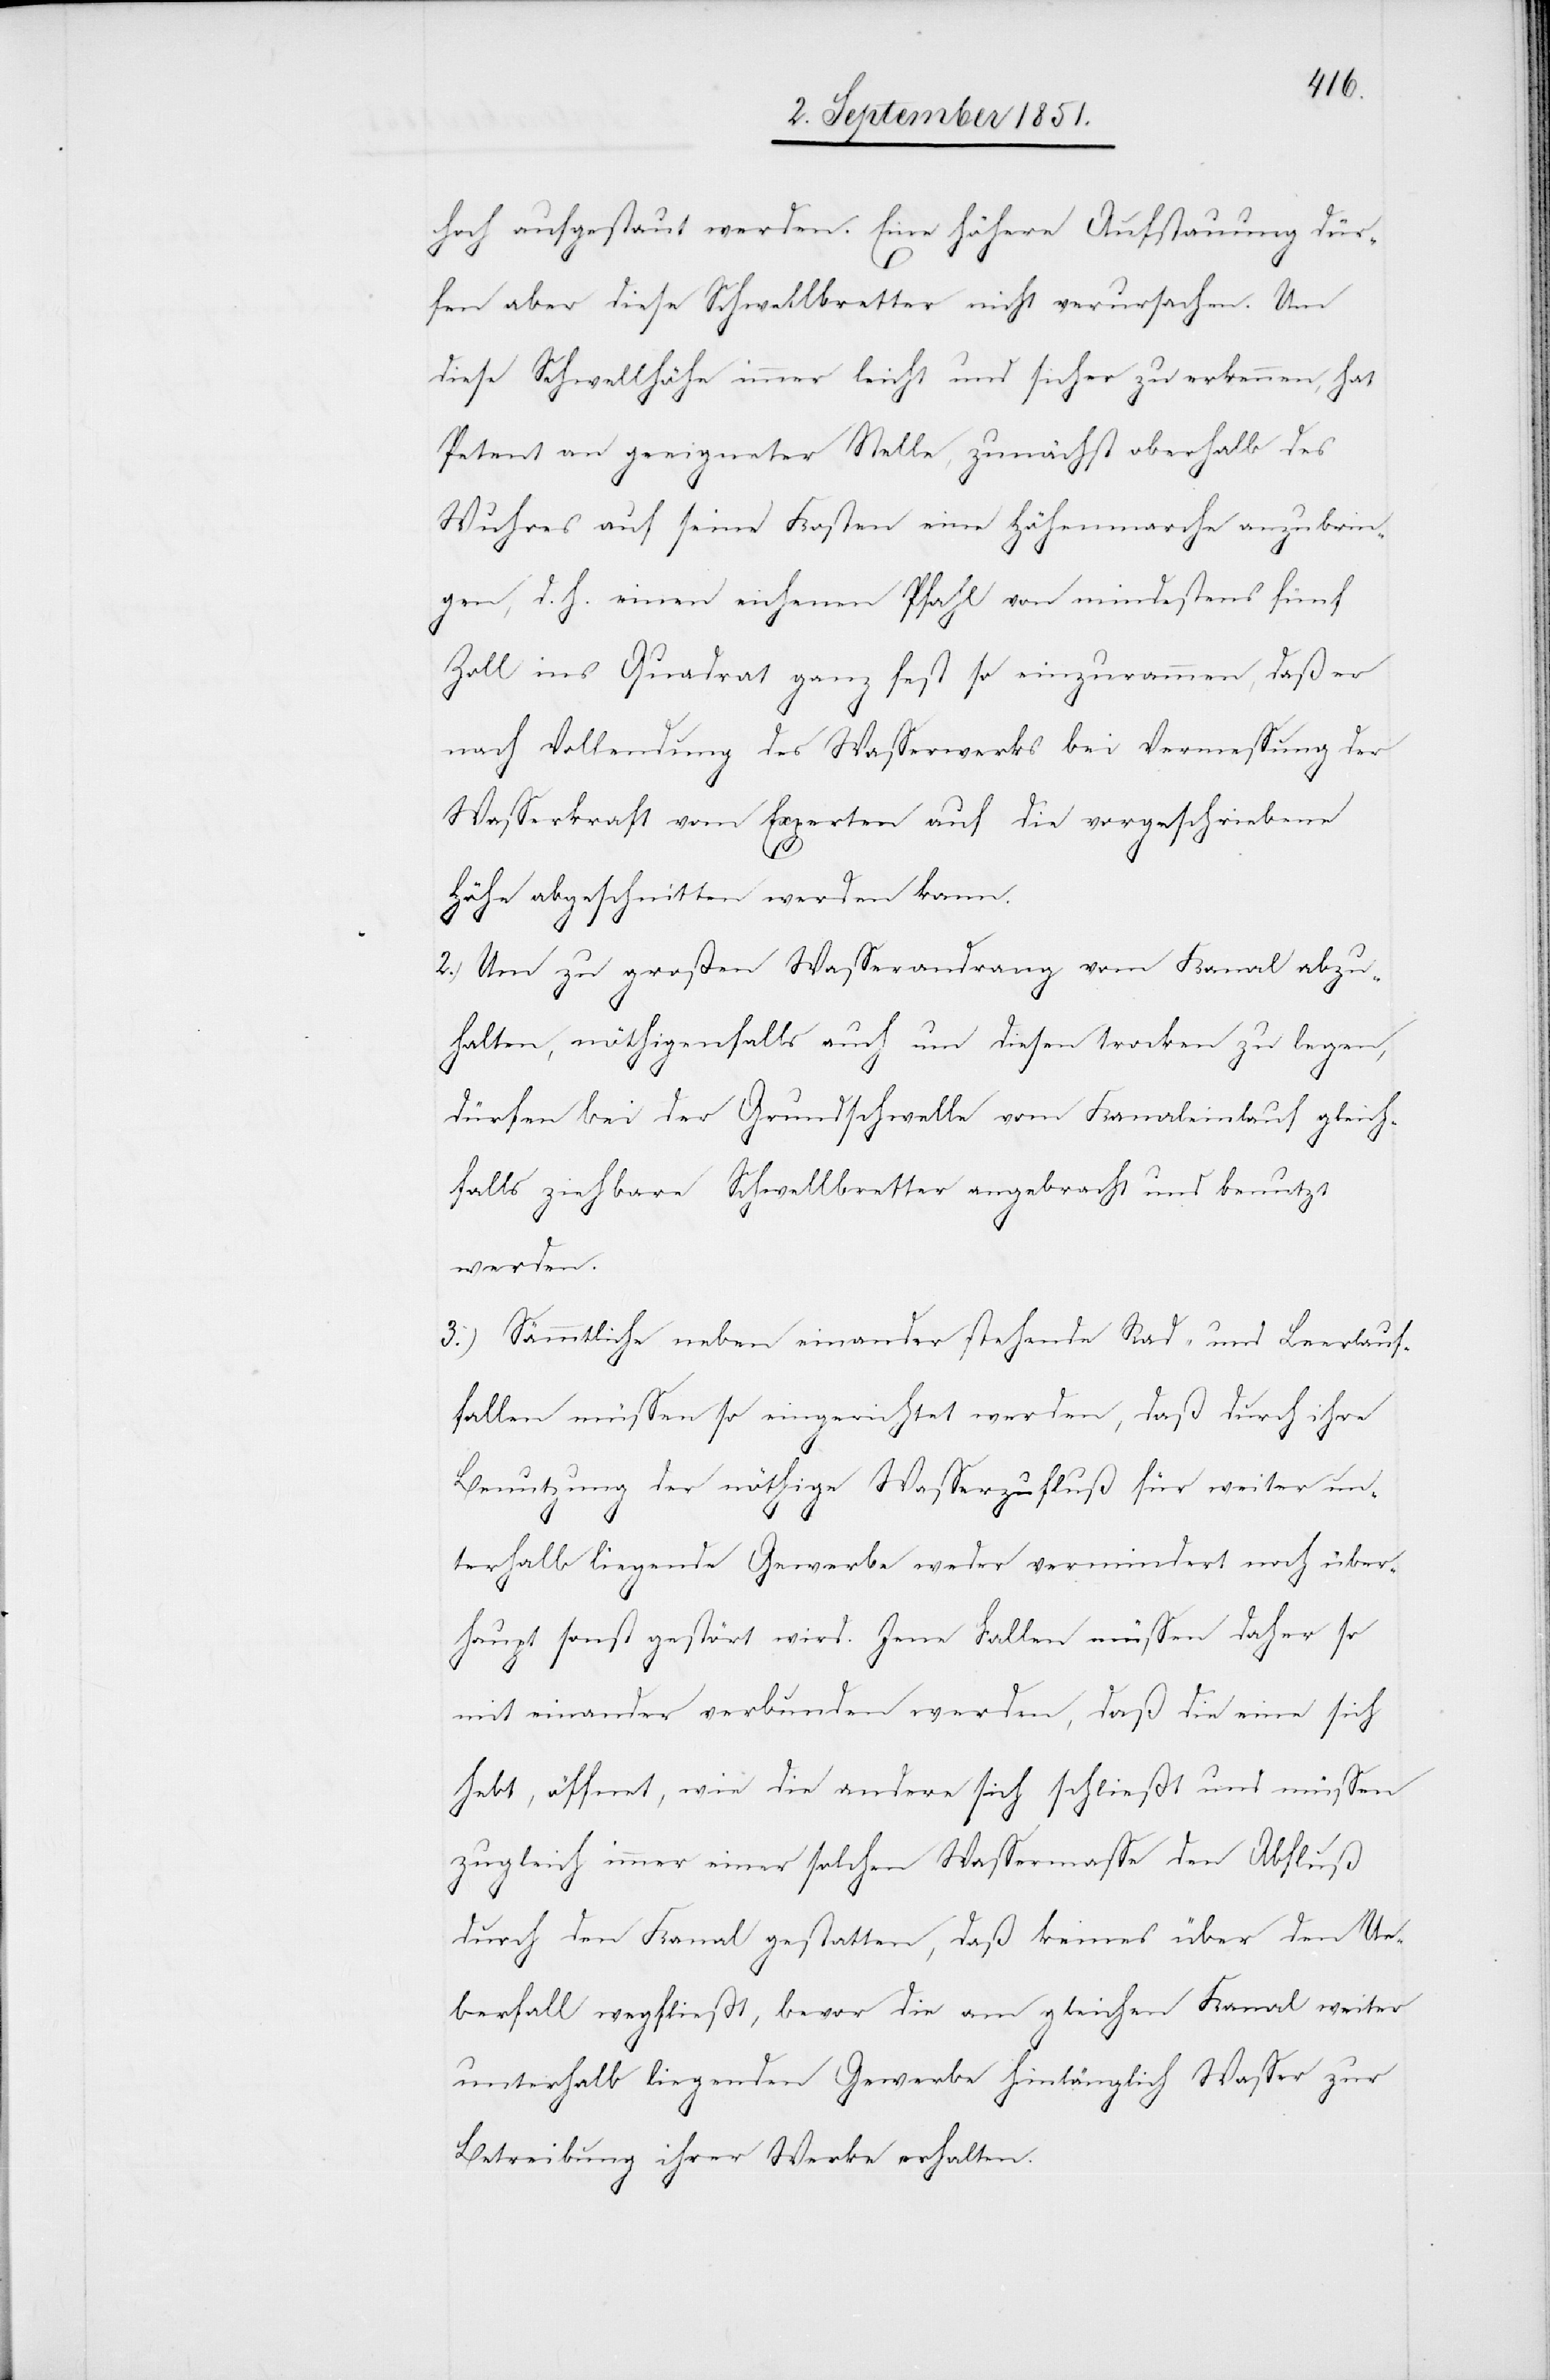
hoch aufgestaut werden. Eine höhere Aufstauung dür¬
fen aber diese Schwellbretter nicht verursachen. Um
diese Schwellhöhe immer leicht und sicher zu erkennen, hat
Petent an geeigneter Stelle, zunächst oberhalb des
Wuhres auf seine Kosten eine Höhenmarche anzubrin¬
gen, d. h. einen eichenen Pfahl von mindestens fünf
Zoll ins Quadrat ganz fest so einzurammen, daß er
nach Vollendung des Wasserwerks bei Vermessung der
Wasserkraft vom Experten auf die vorgeschriebene
Höhe abgeschnitten werden kann.
2.) Um zu großen Wasserandrang vom Kanal abzu¬
halten, nöthigenfalls auch um diesen trocken zu legen,
dürfen bei der Grundschwelle vom Kanaleinlauf gleich¬
falls ziehbare Schwellbretter angebracht und benutzt
werden.
3.) Sämmtliche neben einander stehende Rad- und Leerlauf¬
fallen müssen so eingerichtet werden, daß durch ihre
Benutzung der nöthige Wasserzufluß für weiter un¬
terhalb liegende Gewerbe weder vermindert noch über¬
haupt sonst gestört wird. Jene Fallen müssen daher so
mit einander verbunden werden, daß die eine sich
hebt, öffnet, wie die andere sich schließt und müssen
zugleich immer einer solchen Wassermasse den Abfluß
durch den Kanal gestatten, daß keines über den Ue¬
berfall wegfließt, bevor die am gleichen Kanal weiter
unterhalb liegenden Gewerbe hinlänglich Wasser zur
Betreibung ihrer Werke erhalten.